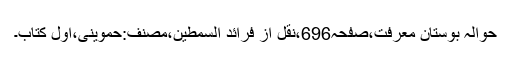
حوالہ بوستانِ معرفت،صفحہ696،نقل از فرائد السمطین،مصنف:حموینی،اوّلِ کتاب۔